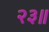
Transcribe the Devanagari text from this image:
२३॥